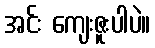
အင်း ကျေးဇူးပါပဲ။